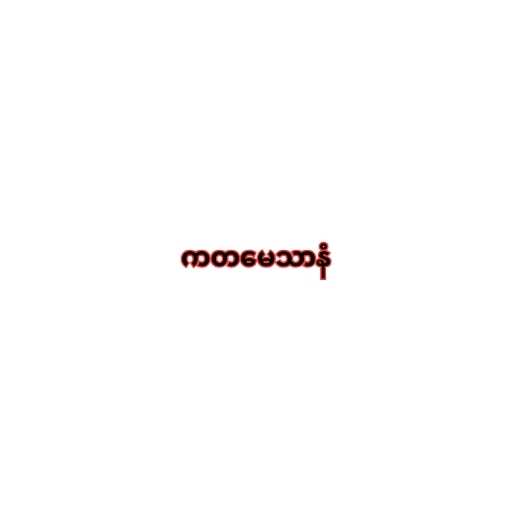
ကတမေသာနံ